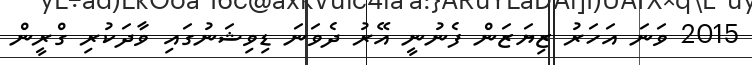
2015 ވަނަ އަހަރު ޒިޔަޒަން ފެނުނީ އޭރު ދެވަނަ ޑިވިޝަނުގައި ވާދަކުރި ގްރީން